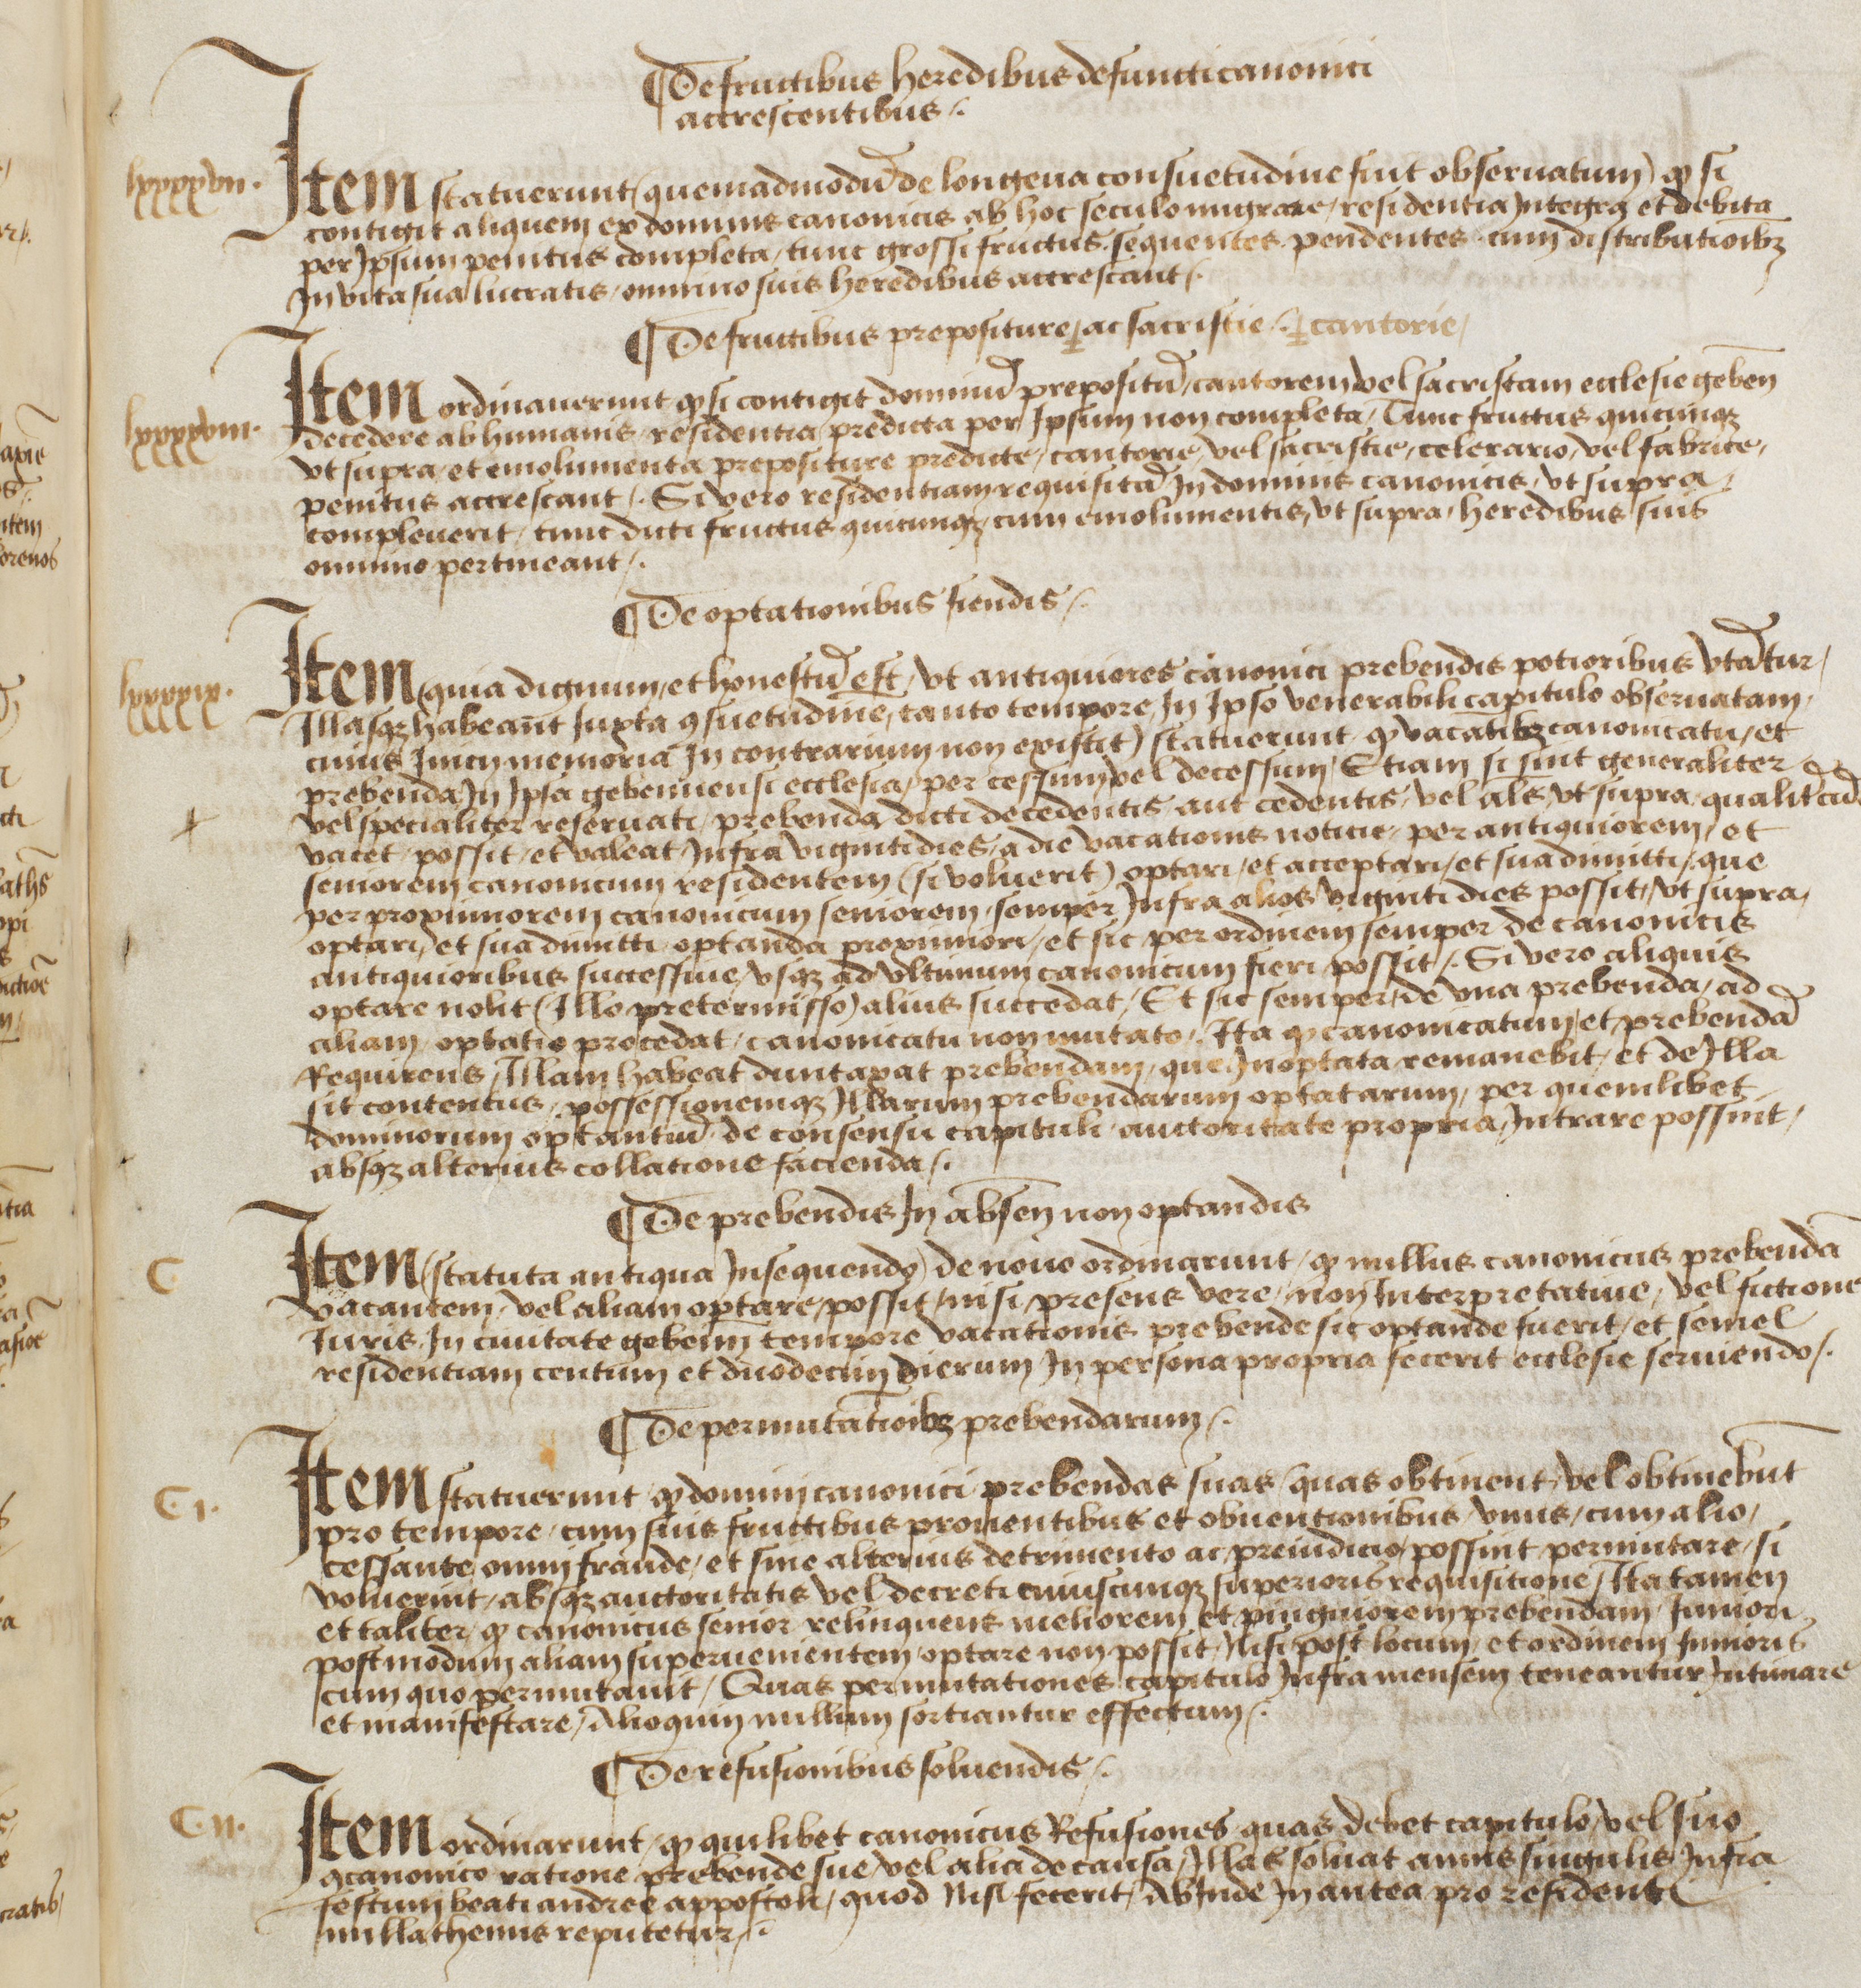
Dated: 1483–1490